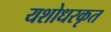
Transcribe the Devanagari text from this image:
यशोधरकृत